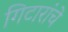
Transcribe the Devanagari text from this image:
गिटारांचे